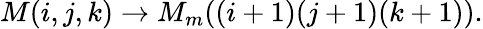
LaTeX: M(i,j,k)\to M_{m}((i+1)(j+1)(k+1)).